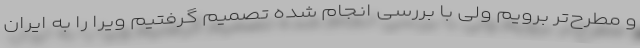
و مطرح‌تر برویم ولی با بررسی انجام شده تصمیم گرفتیم ویرا را به ایران